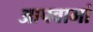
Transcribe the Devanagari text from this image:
आपवामां